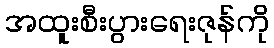
အထူးစီးပွားရေးဇုန်ကို